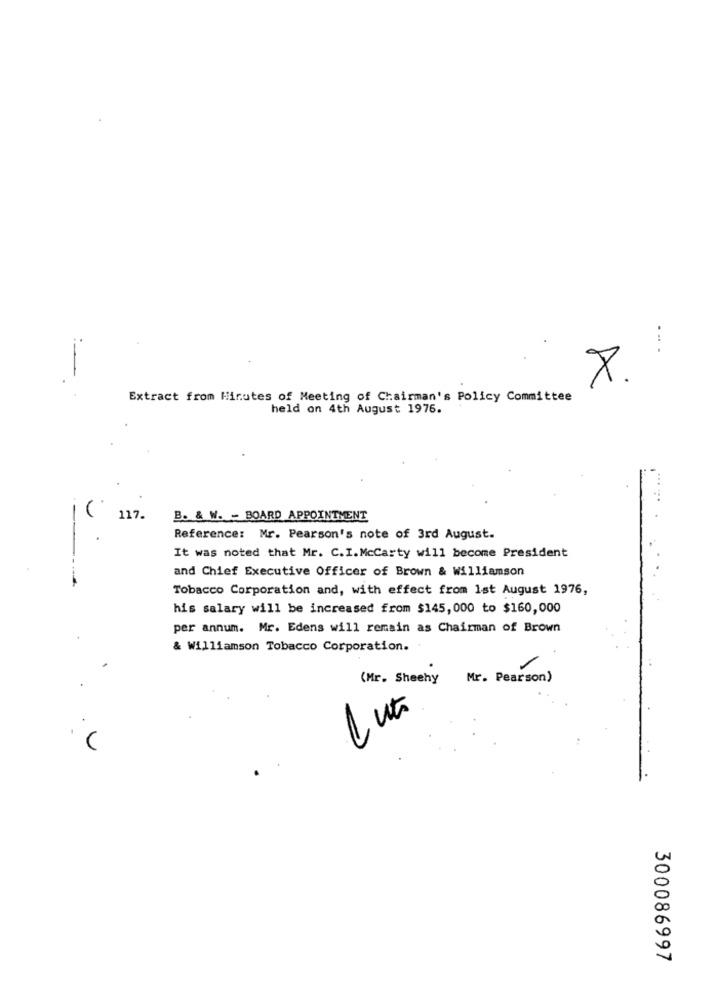
x.
Extract from Minutes of Meeting of Chairman's Policy Committee
held on 4th August 1976.
117.
B. & W. - BOARD APPOINTMENT
Reference: Mr. Pearson's note of 3rd August.
It was noted that Mr. C.I.McCarty will become President
and Chief Executive Officer of Brown & Williamson
Tobacco Corporation and, with effect from 1st August 1976,
his salary will be increased from $145,000 to $160,000
per annum. Mr. Edens will remain as Chairman of Brown
& Williamson Tobacco Corporation.
(Mr. Sheehy
Mr. Pearson)
Lut
300086997